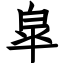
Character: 皐